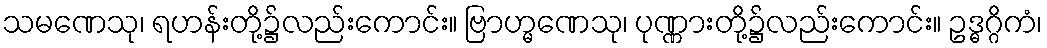
သမဏေသု၊ ရဟန်းတို့၌လည်းကောင်း။ ဗြာဟ္မဏေသု၊ ပုဏ္ဏားတို့၌လည်းကောင်း။ ဥဒ္ဓဂ္ဂိကံ၊